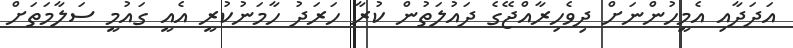
އަދަދާއި އެމީހުންނަށް ދިވެހިރާއްޖޭގެ ދައުލަތުން ކުރާ ހަރަދު ހާމަނުކުރީ އެއީ ގައުމީ ސަލާމަތަށް